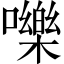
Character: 嚛